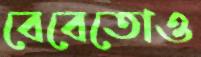
বেবেতোও